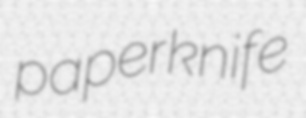
paperknife